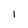
Character: l